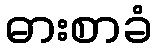
ဓားစာခံ